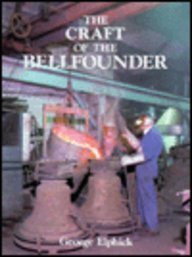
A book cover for The Craft of the Bellfounder; Richard Elphick; Arts & Photography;